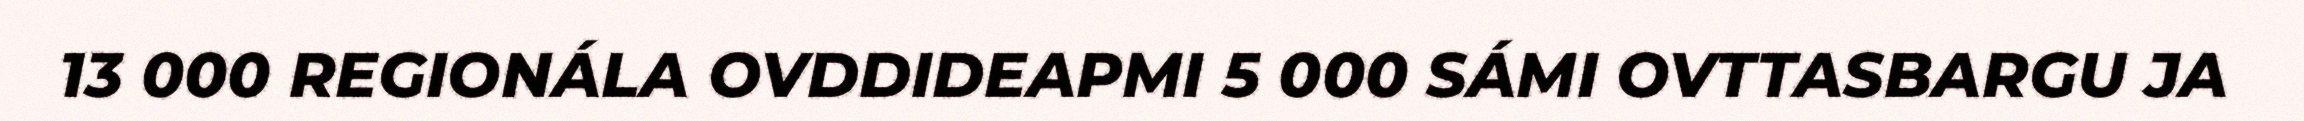
13 000 REGIONÁLA OVDDIDEAPMI 5 000 SÁMI OVTTASBARGU JA